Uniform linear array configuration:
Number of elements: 12
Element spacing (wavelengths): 0.5
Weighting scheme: uniform
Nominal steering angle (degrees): -60
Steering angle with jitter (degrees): -59.24
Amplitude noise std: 0.05
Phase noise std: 0.05

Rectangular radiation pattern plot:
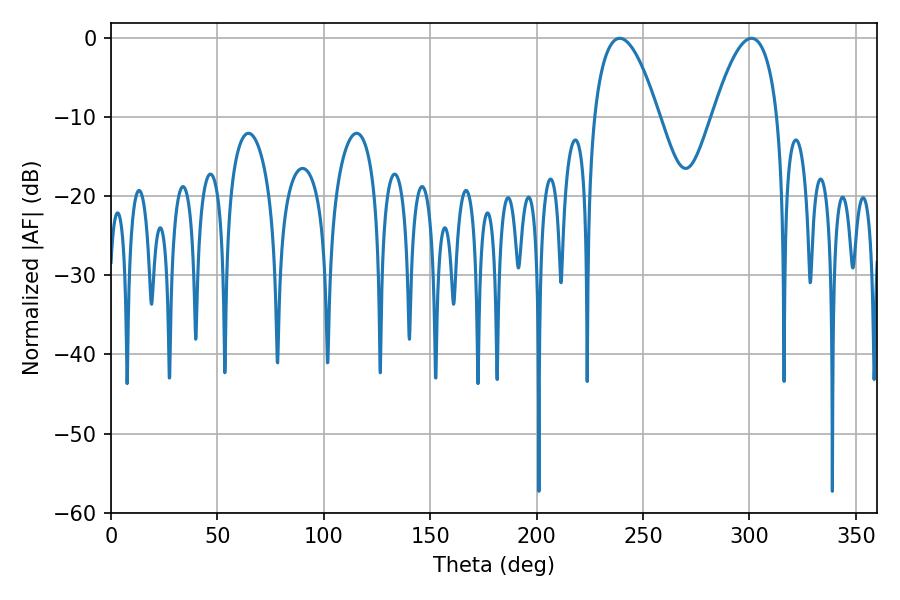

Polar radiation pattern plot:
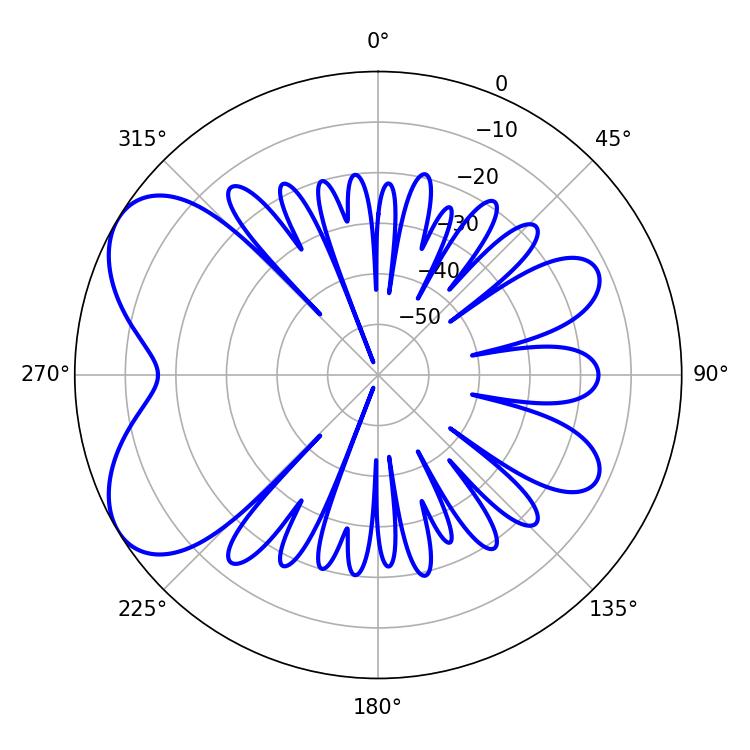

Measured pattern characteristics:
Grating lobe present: FALSE
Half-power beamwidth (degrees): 16.92
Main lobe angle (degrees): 300.96